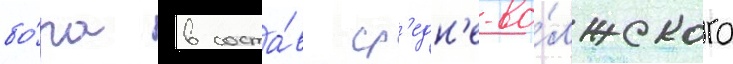
бо́ра в соста́в ср'едн'е-во́лжского